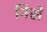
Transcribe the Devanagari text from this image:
निसे